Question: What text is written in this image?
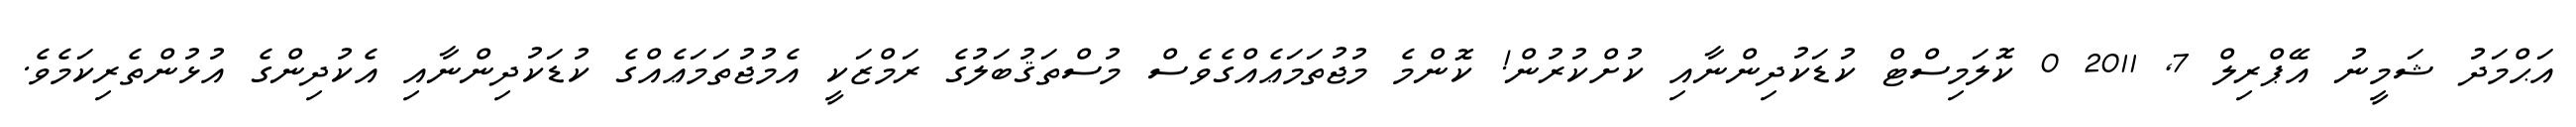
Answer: އަޙްމަދު ޝަމީނު އޭޕްރިލް 7, 2011 0 ކޮލަމިސްޓް ކުޑަކުދިންނާއި ކުށްކުރުން! ކޮންމެ މުޖުތަމަޢެއްގެވެސް މުސްތަޤުބަލުގެ ރަމްޒަކީ އެމުޖުތަމަޢެއްގެ ކުޑަކުދިންނާއި އެކުދިންގެ އުޅުންތެރިކަމެވެ.